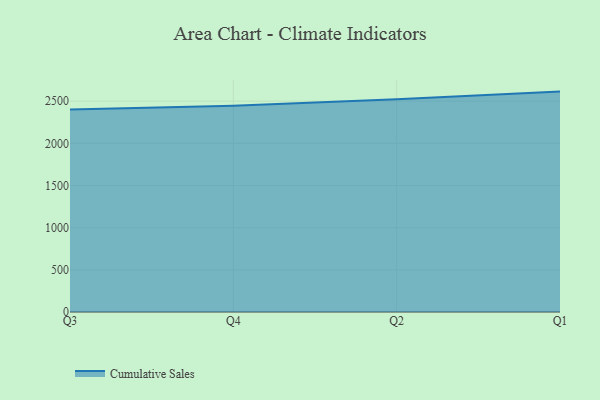
{"axis": {"x": "Quarter", "y": "Latency (ms)"}, "legend": ["Cumulative Sales"], "data": [{"x": "Q3", "y": 2401.5, "type": "Cumulative Sales"}, {"x": "Q4", "y": 2444.7, "type": "Cumulative Sales"}, {"x": "Q2", "y": 2522.3, "type": "Cumulative Sales"}, {"x": "Q1", "y": 2613.5, "type": "Cumulative Sales"}]}